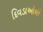
દિવડાઓથી